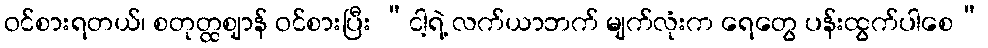
ဝင်စားရတယ်၊ စတုတ္ထဈာန် ဝင်စားပြီး “ငါ့ရဲ့ လက်ယာဘက် မျက်လုံးက ရေတွေ ပန်းထွက်ပါစေ”